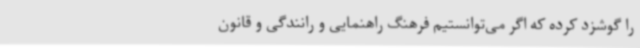
را گوشزد کرده که اگر می‌توانستیم فرهنگ راهنمایی و رانندگی و قانون